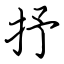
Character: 抒